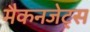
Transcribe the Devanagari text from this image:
मैकनजेट्स